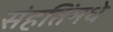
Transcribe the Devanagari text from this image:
संहतिंमधे